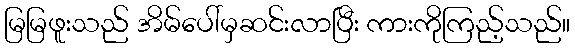
မြမြဖူးသည် အိမ်ပေါ်မှဆင်းလာပြီး ကားကိုကြည့်သည်။